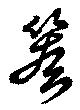
篌